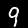
Digit: 9